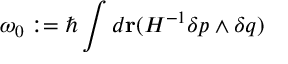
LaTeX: \omega _ { 0 } : = \hbar \int d { \bf r } ( { \cal H } ^ { - 1 } \delta p \wedge \delta q )